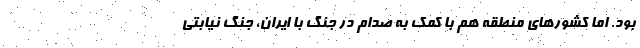
بود. اما كشورهاي منطقه هم با كمك به صدام در جنگ با ايران، جنگ نيابتي